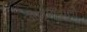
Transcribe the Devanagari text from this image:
आवृत्तिवाला